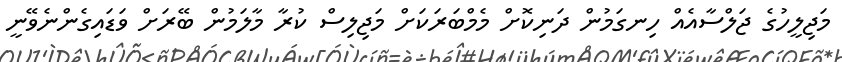
މަޖިލީހުގެ ޖަލްސާއެއް ހިނގަމުން ދަނިކޮށް މެމްބަރަކަށް މަޖިލިސް ކުރާ މާލަމުން ބޭރަށް ވަޑައިގެންނެވޭނީ